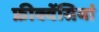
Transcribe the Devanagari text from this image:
फ्रीक्वेंसियां